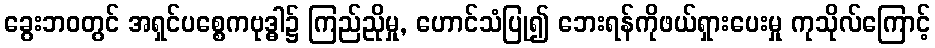
ခွေးဘဝတွင် အရှင်ပစ္စေကဗုဒ္ဓါ၌ ကြည်ညိုမှု, ဟောင်သံပြု၍ ဘေးရန်ကိုဖယ်ရှားပေးမှု ကုသိုလ်ကြောင့်